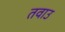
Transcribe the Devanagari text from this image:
तवाउ